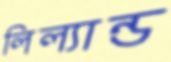
লিল্যান্ড